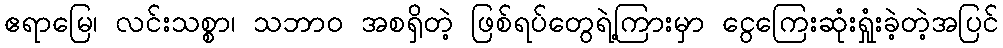
ဧရာမြေ၊ လင်းသစ္စာ၊ သဘာဝ အစရှိတဲ့ ဖြစ်ရပ်တွေရဲ့ကြားမှာ ငွေကြေးဆုံးရှုံးခဲ့တဲ့အပြင်